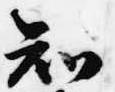
知